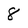
Character: 8